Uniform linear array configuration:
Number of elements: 12
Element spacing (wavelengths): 1
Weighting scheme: blackman
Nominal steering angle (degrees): -60
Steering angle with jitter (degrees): -59.658
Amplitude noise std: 0.05
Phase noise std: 0.05

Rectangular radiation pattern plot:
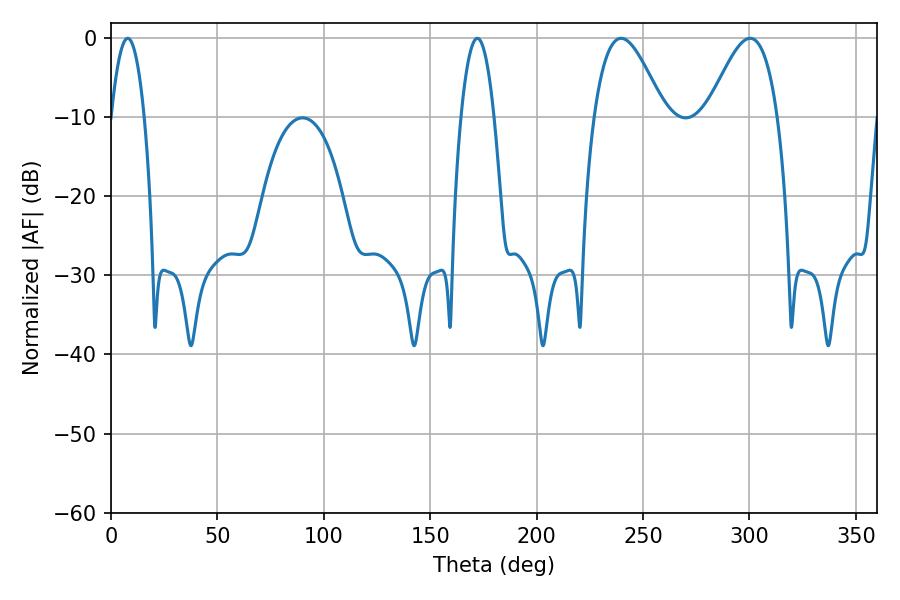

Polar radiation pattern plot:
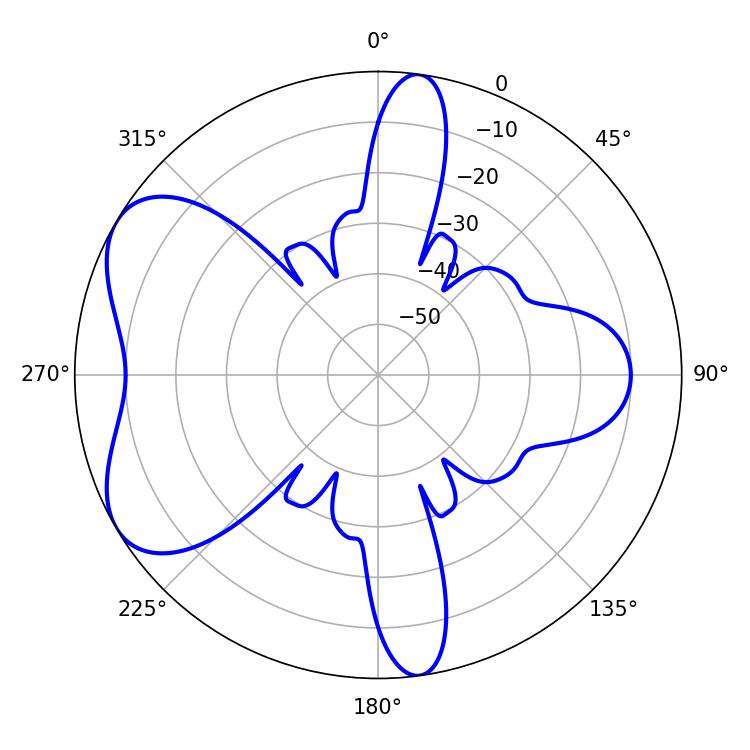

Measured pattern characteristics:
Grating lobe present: TRUE
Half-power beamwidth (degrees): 17.64
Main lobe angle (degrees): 300.24